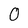
Character: O